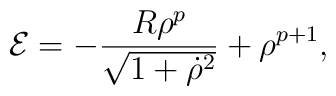
{\cal E}=-\frac{R{\rho}^{p}}{\sqrt{1+{\dot {\rho}}^{2}}}+{\rho}^{p+1},